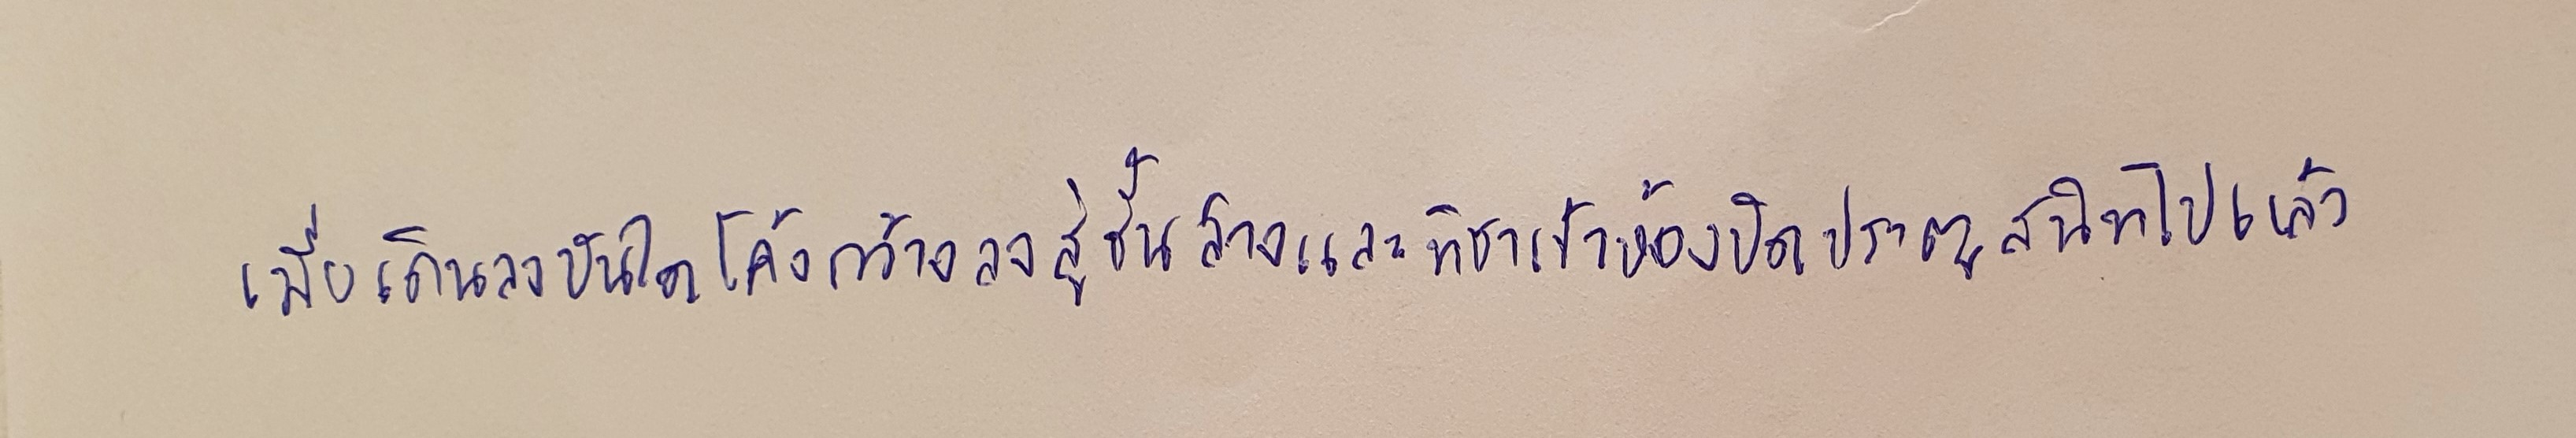
เมื่อเดินลงบันไดโค้งกว้างลงสู่ชั้นล่างและทิชาเข้าห้องปิดประตูสนิทไปแล้ว